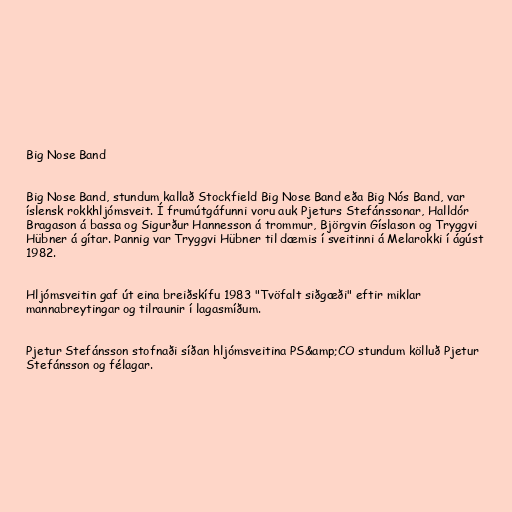
Big Nose Band

Big Nose Band, stundum kallað Stockfield Big Nose Band eða Big Nós Band, var
íslensk rokkhljómsveit. Í frumútgáfunni voru auk Pjeturs Stefánssonar, Halldór
Bragason á bassa og Sigurður Hannesson á trommur, Björgvin Gíslason og Tryggvi
Hübner á gítar. Þannig var Tryggvi Hübner til dæmis í sveitinni á Melarokki í ágúst
1982.

Hljómsveitin gaf út eina breiðskífu 1983 "Tvöfalt siðgæði" eftir miklar
mannabreytingar og tilraunir í lagasmíðum.

Pjetur Stefánsson stofnaði síðan hljómsveitina PS&amp;CO stundum kölluð Pjetur
Stefánsson og félagar.